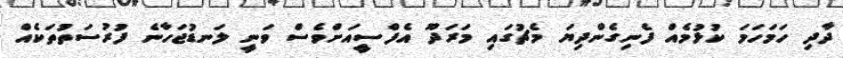
ދާދި ހަމަހަމަ ކުޅުމެއް ފެނިގެންދިޔަ މެޗުގައި މަރަދޫ އެފްސީއަށްވެސް ވަނީ ލަނޑުޖަހާނެ ފުރުސަތުތަކެއް